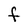
Character: F